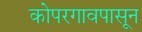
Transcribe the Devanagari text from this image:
कोपरगावपासून